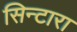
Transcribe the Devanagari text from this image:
सिन्टारा